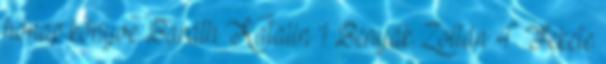
hónap könyve Baráth Katalin 1 Benyák Zoltán 4 Fekete